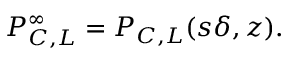
\begin{array} { r } { P _ { C , L } ^ { \infty } = { \cal P } _ { C , L } ( s \delta , z ) . } \end{array}